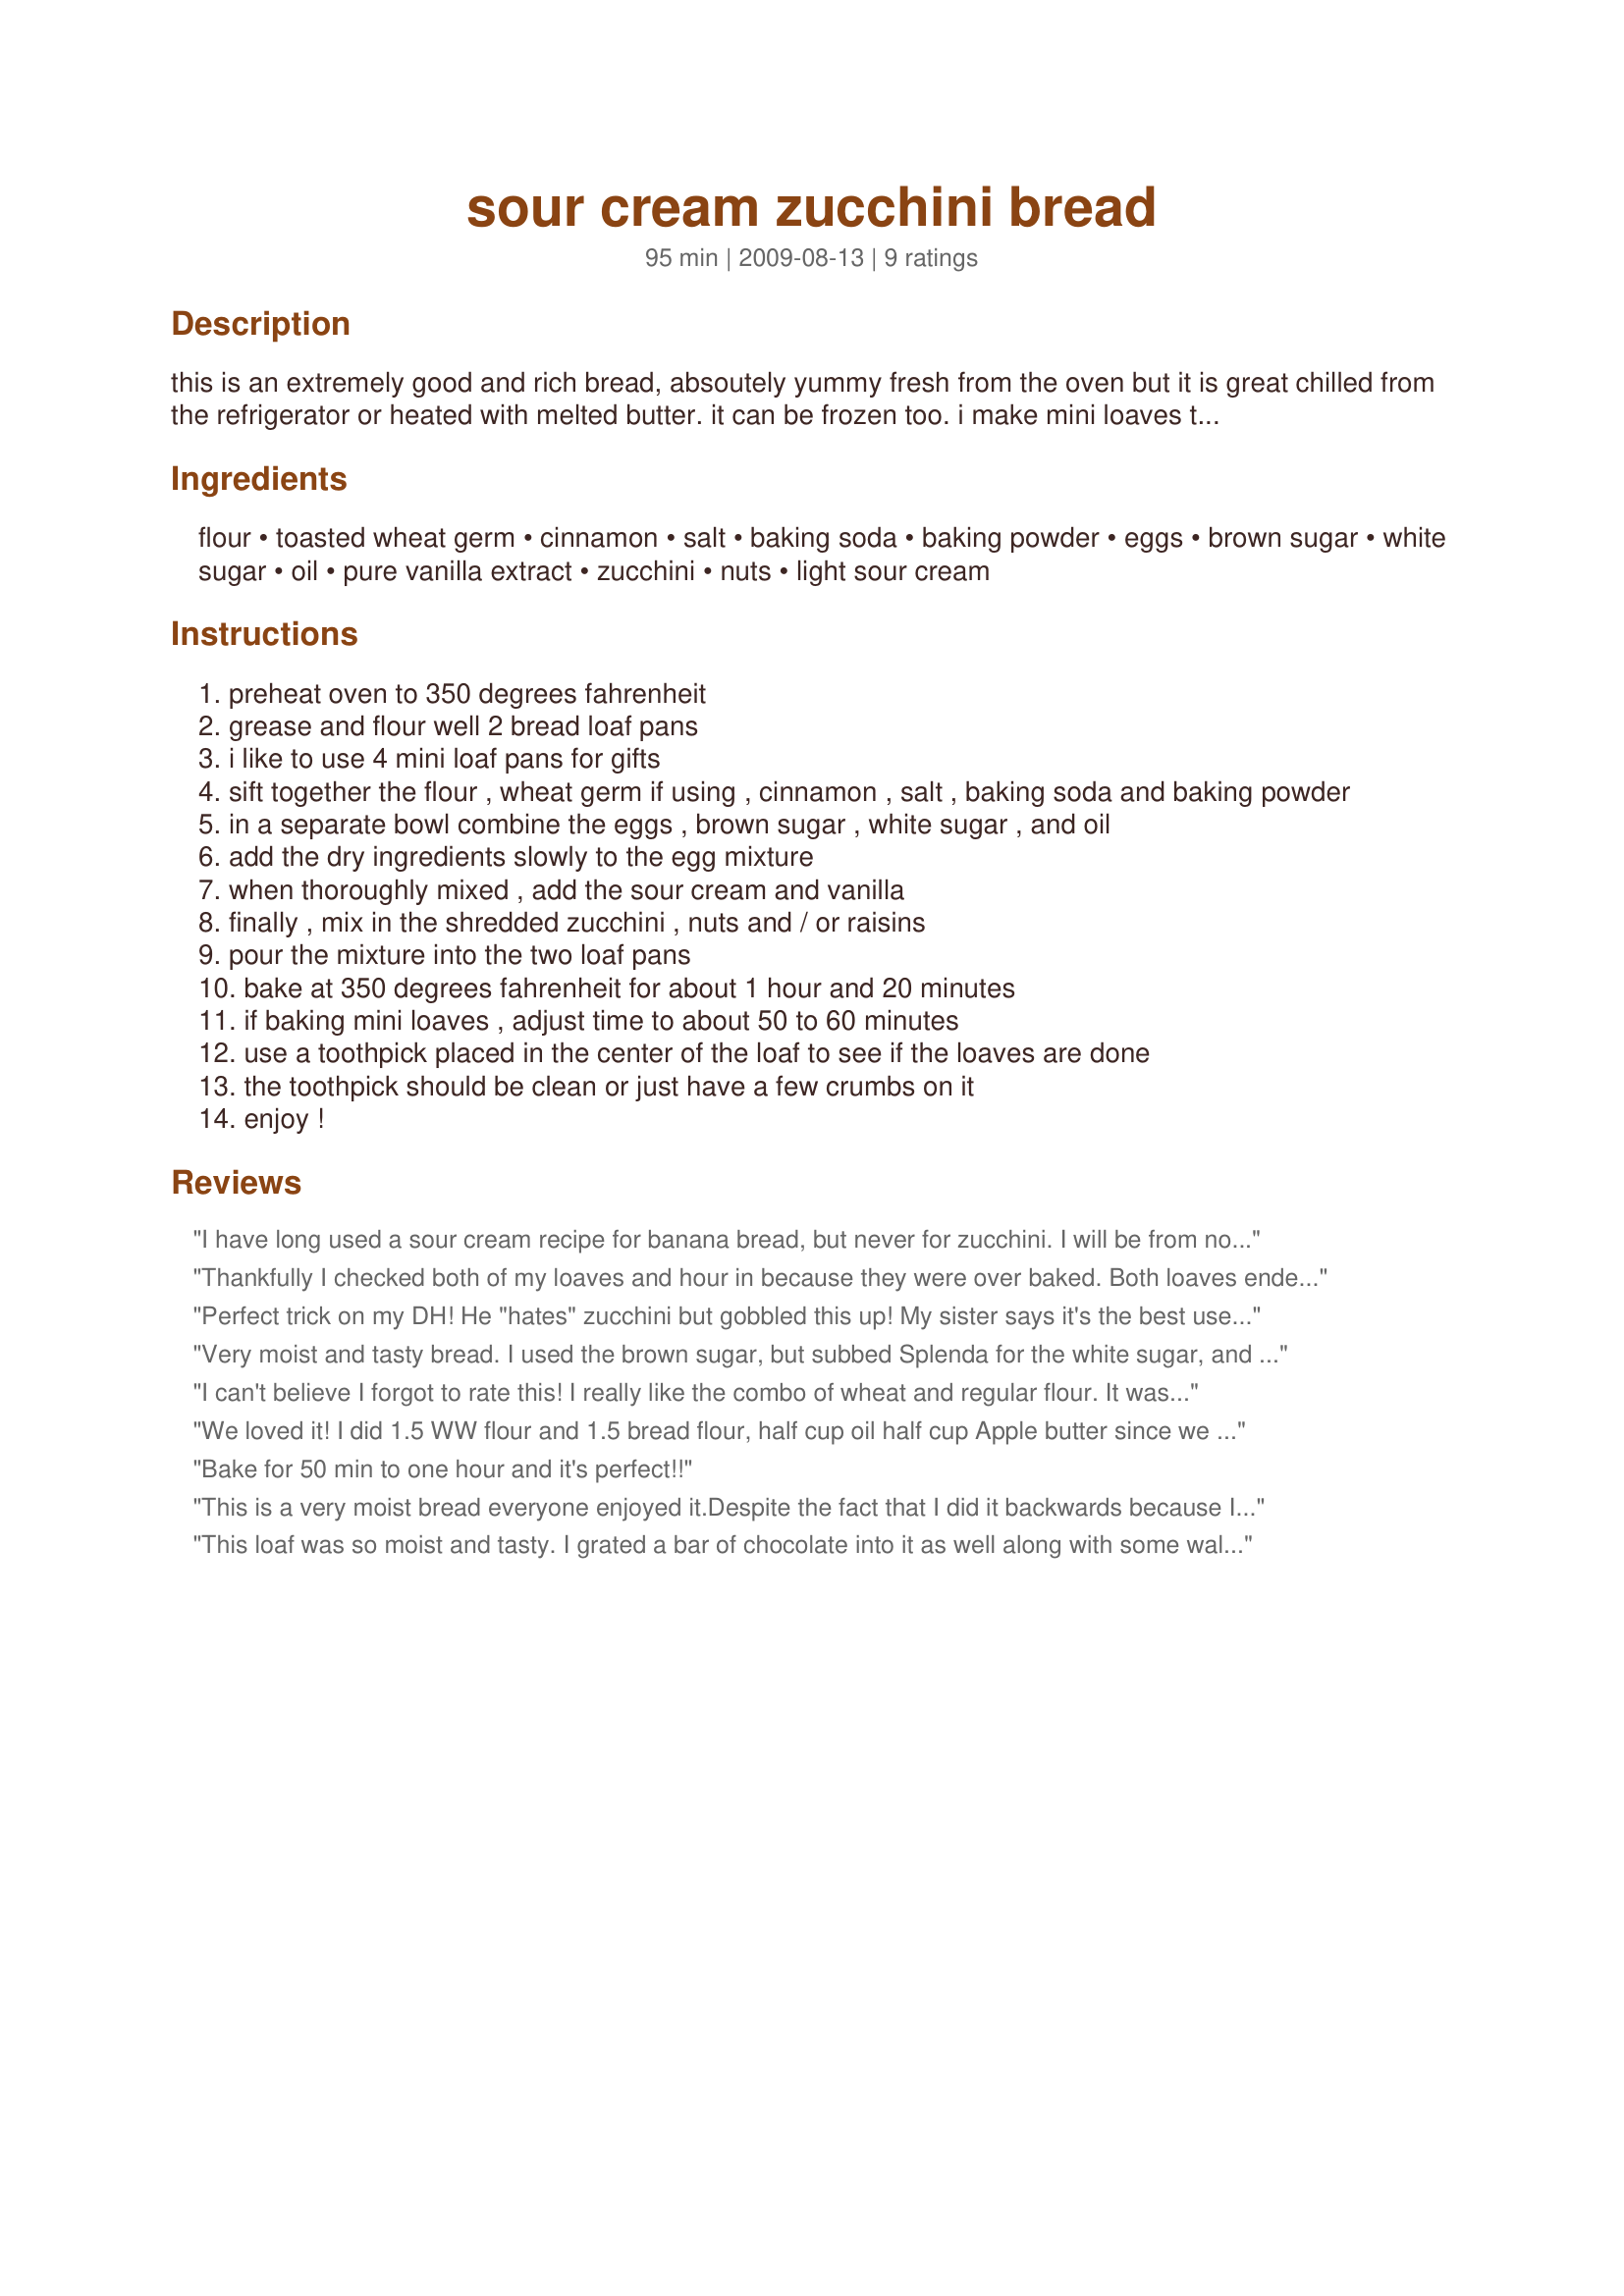
sour cream zucchini bread
Preparation time: 95 minutes

this is an extremely good and rich bread, absoutely yummy fresh from the oven but it is great chilled from the refrigerator or heated with melted butter. it can be frozen too. i make mini loaves to give as great gifts! adapted from mike dolan who posted it on recipelinks and i changed it to make it my own. it would even be good with chocolate chips added! :) makes 2 regular loaves or 4 mini loaves. enjoy! to make the bread even healthier, try substituting 1/2 of the oil with applesauce.

Ingredients:
flour, toasted wheat germ, cinnamon, salt, baking soda, baking powder, eggs, brown sugar, white sugar, oil, pure vanilla extract, zucchini, nuts, light sour cream

Steps:
preheat oven to 350 degrees fahrenheit
grease and flour well 2 bread loaf pans
i like to use 4 mini loaf pans for gifts
sift together the flour , wheat germ if using , cinnamon , salt , baking soda and baking powder
in a separate bowl combine the eggs , brown sugar , white sugar , and oil
add the dry ingredients slowly to the egg mixture
when thoroughly mixed , add the sour cream and vanilla
finally , mix in the shredded zucchini , nuts and / or raisins
pour the mixture into the two loaf pans
bake at 350 degrees fahrenheit for about 1 hour and 20 minutes
if baking mini loaves , adjust time to about 50 to 60 minutes
use a toothpick placed in the center of the loaf to see if the loaves are done
the toothpick should be clean or just have a few crumbs on it
enjoy !

Reviews:
I have long used a sour cream recipe for banana bread, but never for zucchini. I will be from now on. So moist!!! This was a great breakfast this morning. I followed the recipe exactly. Thanks!
Thankfully I checked both of my loaves and hour in because they were over baked. Both loaves ended up small and dry. I wouldn't use this recipe again. It was not moist.
Perfect trick on my DH! He "hates" zucchini but gobbled this up! My sister says it's the best use of zucchini ever! I used the 2 white/1 ww flour suggestion and I may try 2 ww and 1 white next time. I did as another reviewer suggested and left out the white sugar altogether. I used applesauce in place of the oil as I always do when baking. I used a bit of walnuts and raisins. Next time I'll try nuts in one, raisins in another and a few plain ones. Thanks for a great recipe!
Very moist and tasty bread. I used the brown sugar, but subbed Splenda for the white sugar, and baked a little less time. I also used the 1 cup whole wheat flour option, and used the wheat germ. For nuts, I used pecans. This is a bit high in fat, so won't be making it often (but I don't have zukes around that often, anyway :) )but as a treat this is a great recipe.
I can't believe I forgot to rate this! I really like the combo of wheat and regular flour. It was so yummy after the first batch I immediately made another batch. The sour cream is the trick...I think it all my quick bread recipes call for it. Thanks for posting!
We loved it! I did 1.5 WW flour and 1.5 bread flour, half cup oil half cup Apple butter since we had no apple sauce on hand. Used Greek yogurt instead of sour cream. For sugar did 1 cup of brown sugar no white. I didn&#039;t have wheat germ but I added 1 Tbs flax seed. I mixed it and put in pans in the fridge, baked in the morning and sprinkled sugar in the raw 1packet on top of each load. Thanks for helping me make a healthier zucchini bread it was very moist!
Bake for 50 min to one hour and it's perfect!!
This is a very moist bread everyone enjoyed it.Despite the fact that I did it backwards because I didn't read the instructions , so the wet ended up in the dry. I used the 2 flours
and subbed 1 cup applesauce for the oil and only 1 tbls of oil. I also only used 1 cup packed brown sugar as I don't like things two sweet and tend to always half the sugar. When I make it again I would probably add more cinnamon, but that is a personnel thing I like spice!
This loaf was so moist and tasty. I grated a bar of chocolate into it as well along with some walnuts. I made 2 mini loaves and one big loaf. Some has been put into the freezer to enjoy at a later date.Thanks for posting
